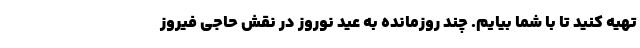
تهیه کنید تا با شما بیایم. چند روزمانده به عید نوروز در نقش حاجی فیروز